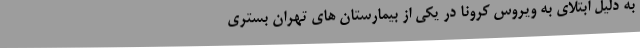
به دلیل ابتلای به ویروس کرونا در یکی از بیمارستان های تهران بستری